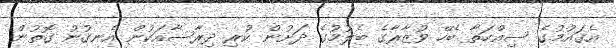
އެގައުމުގެ ސިއްހަތާ ބެހޭ ވުޒާރާގެ ބެލުމުގެ ދަށުން ކުރި ދިރާސާއަކުން އެނގުނު ގޮތުން